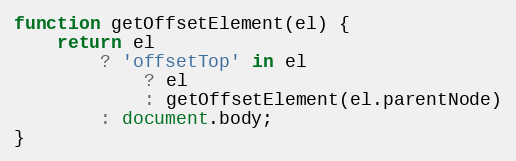
Language: JavaScript
function getOffsetElement(el) {
    return el
        ? 'offsetTop' in el
            ? el
            : getOffsetElement(el.parentNode)
        : document.body;
}